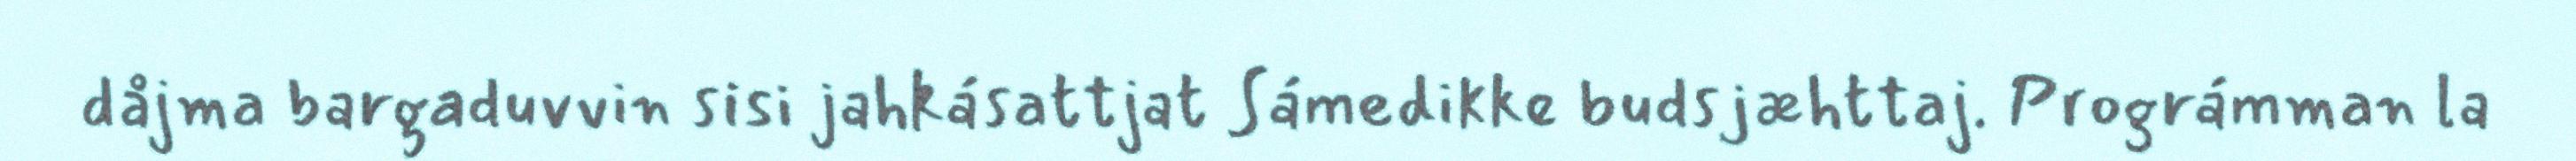
dåjma bargaduvvin sisi jahkásattjat Sámedikke budsjæhttaj. Prográmman la